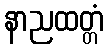
နာညထတ္တံ